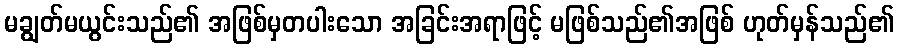
မချွတ်မယွင်းသည်၏ အဖြစ်မှတပါးသော အခြင်းအရာဖြင့် မဖြစ်သည်၏အဖြစ် ဟုတ်မှန်သည်၏